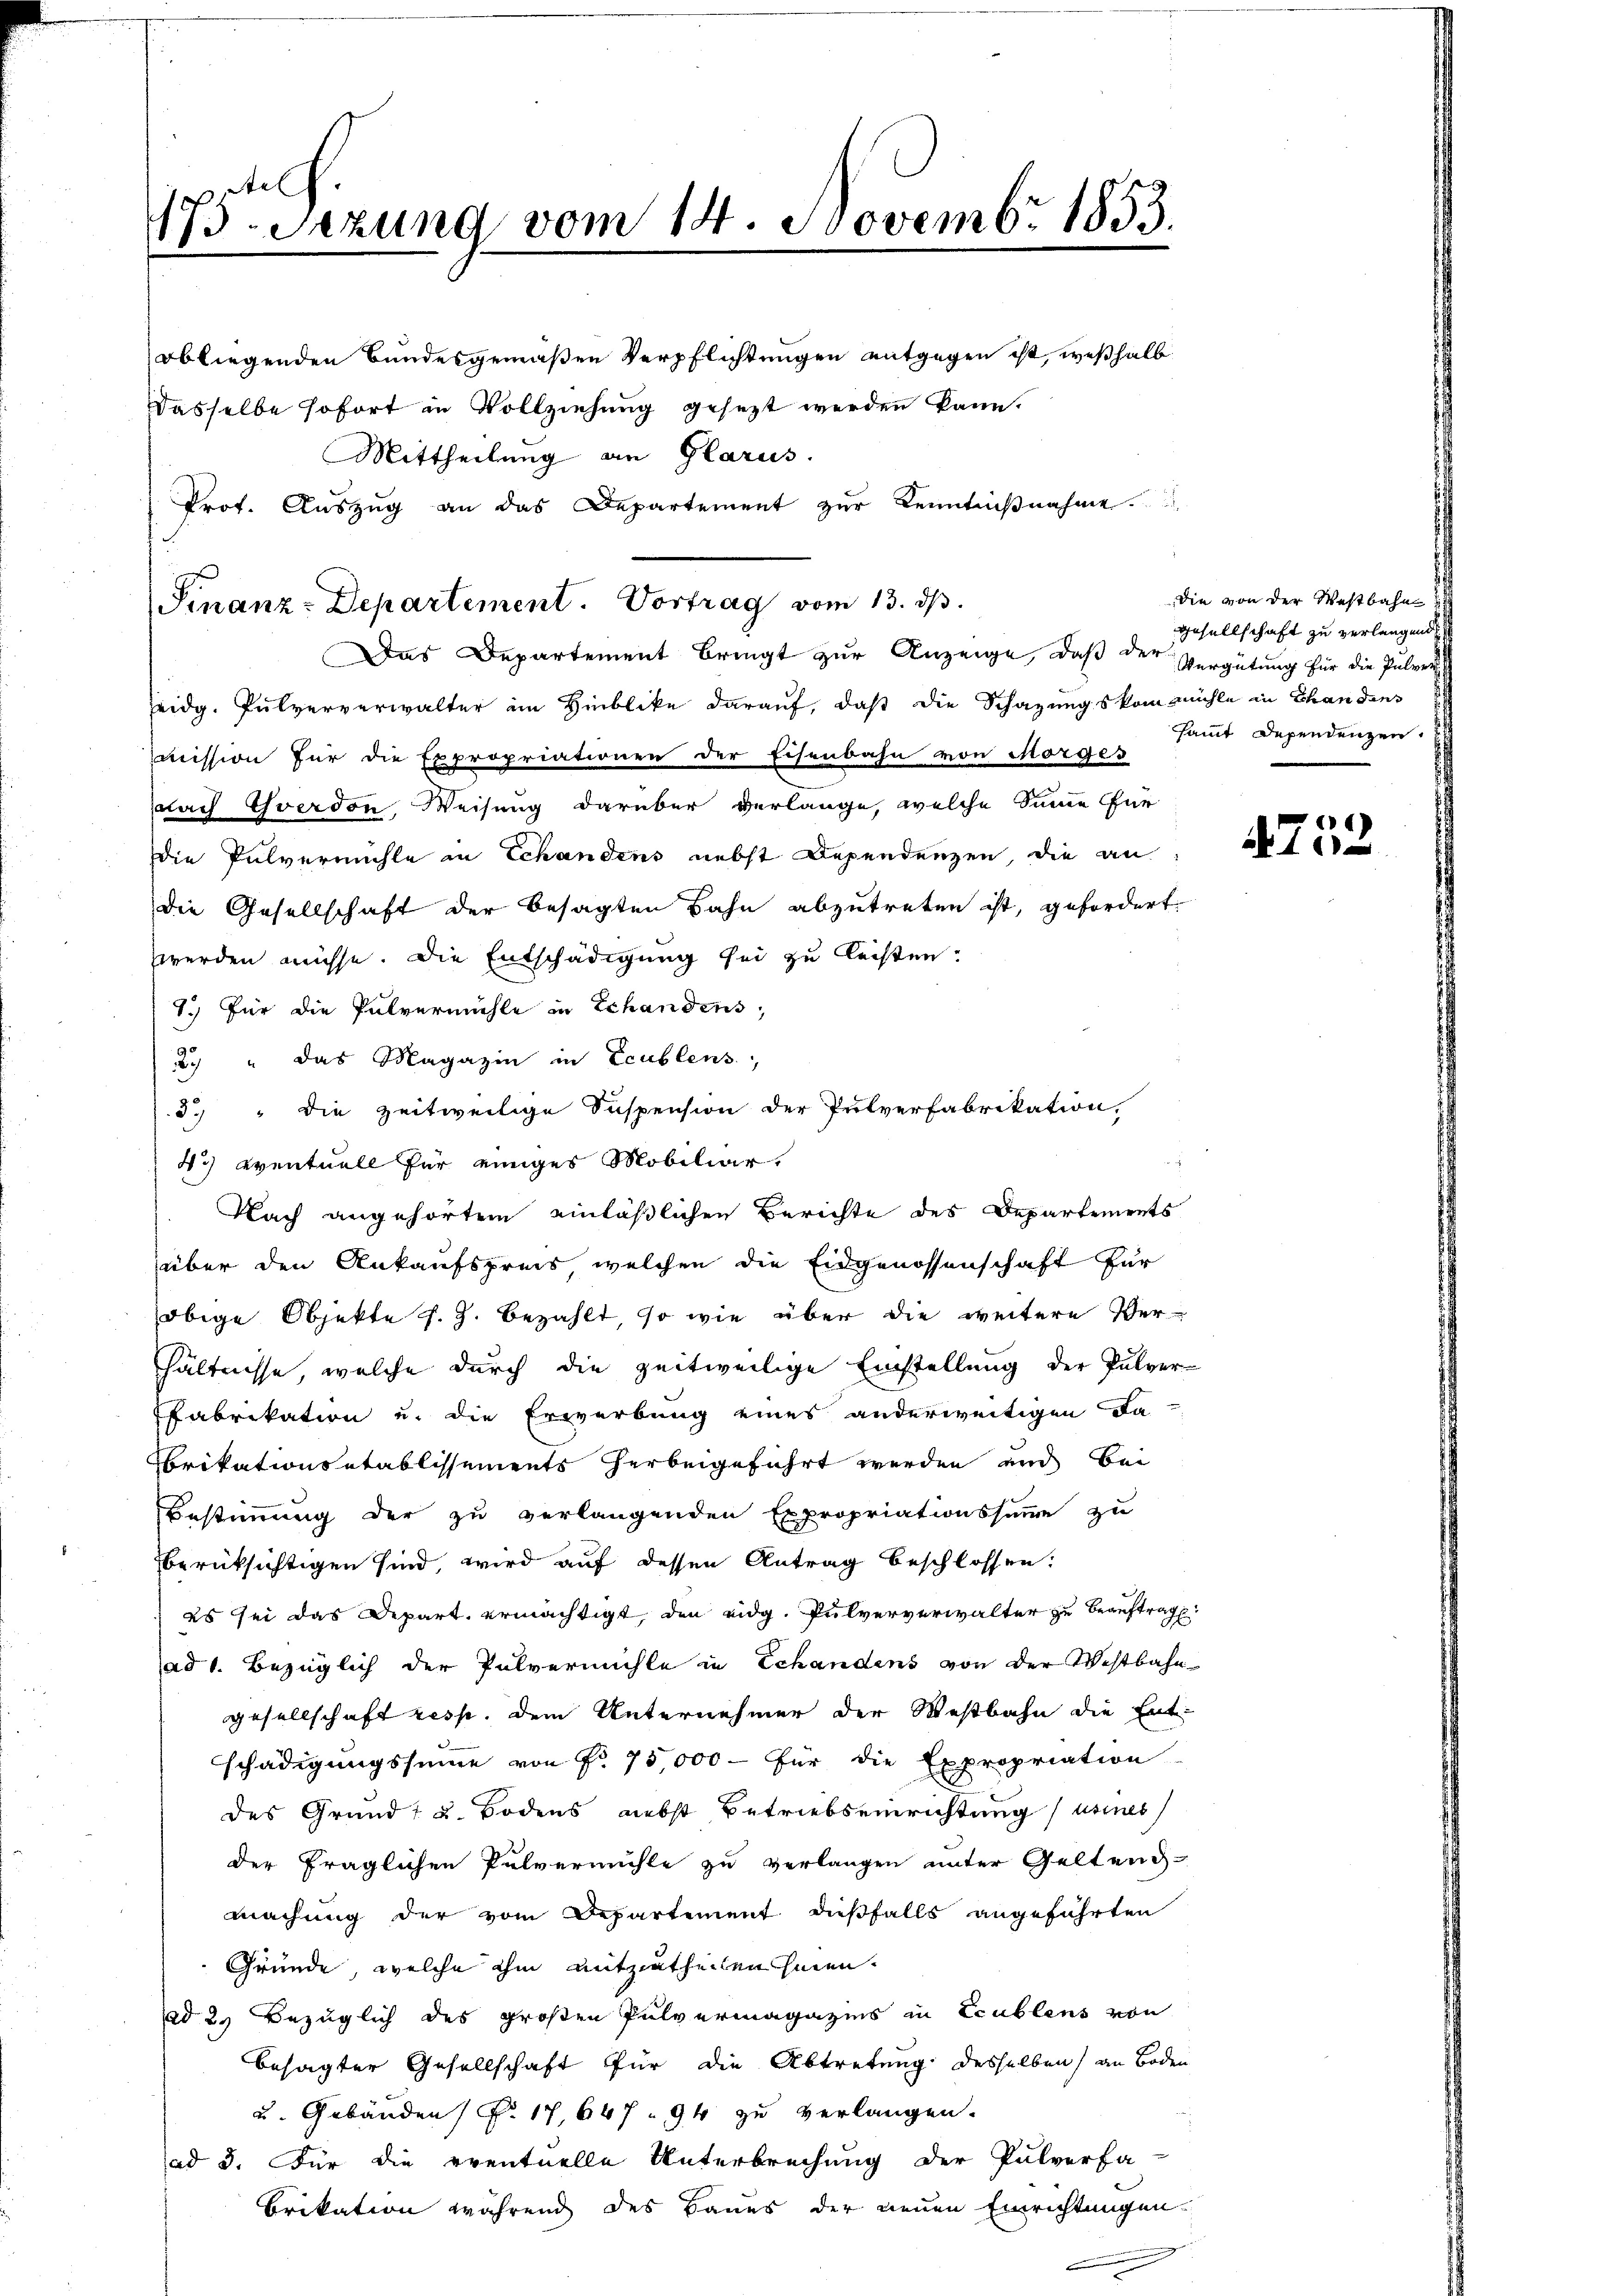
173-Sezung vom 14. Novembr 1853.

obliegenden Bundesgemäßen Verpflichtungen entgegen ist, weßhalb
dasselbe sofort in Vollziehung gesezt werden kann.
Mittheilung an Glarus.
Prof. Aŭszŭg an das Departement zŭr Kenntniβnahme.
eidg. Pulververwalter im Hinblike darauf, daß die Schazungs kam Mühle in Chandens
mission für die Expropriationen der Eisenbahn von Morges
dlach verdon, Weisung darüber verlange, welche Sinne für
die Pulvermühle in Schandens nebst Dependenzen, die an
die Gesellschaft der besagten Bahn abzutreten ist, gefordert
werden müsse. Die Entschädigung sei zu leisten.
1.) Für die Pulvermühle in Echandens,
 " das Magazin in Ecublens,
3.) " die zeitweilige Suspension der Pulverfabrikation,
4i) eventuell für einiges Mobiliar
Nach angehörtem einläßlichen Berichte des Departements
über den Ankaufspreis, welchen die Eidgenossenschaft für
obige Objekte s. Z. bezahlt, so wie über die weitere Verhältnisse, welche durch die zeitweilige Einstellung der Pulver-
Fabrikation u. die Erwerbung eines anderweitigen da-
Brikationsetablissements herbeigeführt werden, und bei
Bestimmung der zu verlangenden Expropriationssumme zu
berüksichtigen sind, wird auf dessen Antrag beschlossen:
es sei das Depart ermächtigt, den eidg. Pulververwalter zu Beauftrag
ad 1. Bezüglich der Pulvermühle in Schandens von der Westbahn
gesellschaft resp. dem Unternehmer der Westbahn die Ent-
schädigungssumme von No 75,000 - für die Expropriation
des Grund- u. Bodens nebst Betriebseinrichtung usines
der fraglichen Pulvermühle zu verlangen unter Geltend
machung der vom Departement dießfalls angeführten
Gründe, welche ihm mitzutheilen seien.
ad 2. Bezüglich des großen Pulvermagazins in Ecublens von
besagter Gesellschaft für die Abtretung desselben an Boden
u. Gebäuden P. 17,647. 94 zu verlangen.
ad 3. Für die eventuelle Unterbrechung der Pulverfa
brikation während des Baues der neuen Einrichtungen

Finanz-Departement. Vortrag vom 13. ds.

Das Departement bringt zur Anzeige, daß der Vergütung für die Pulver¬

Die von der Westbahn
Gesellschaft zu verlangend
sammt Dependenzen.

)
N 11